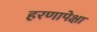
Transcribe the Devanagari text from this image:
हरणापेक्षा